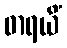
ဓာရယိံ